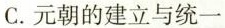
C.元朝的建立与统一